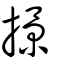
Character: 撔